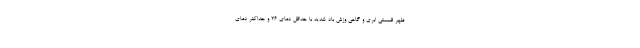
ظهر قسمتی ابری و گاهی وزش باد شدید با حداقل دمای ۲۶ و حداکثر دمای